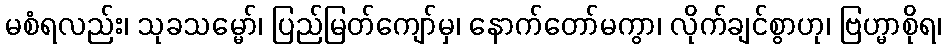
မစံရလည်း၊ သုခသမ္မော်၊ ပြည်မြတ်ကျော်မှ၊ နောက်တော်မကွာ၊ လိုက်ချင်စွာဟု၊ ဗြဟ္မာစိုရ၊